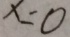
x = 0